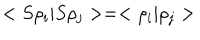
< S \rho _ { i } | S \rho _ { j } > = < \rho _ { i } | \rho _ { j } >